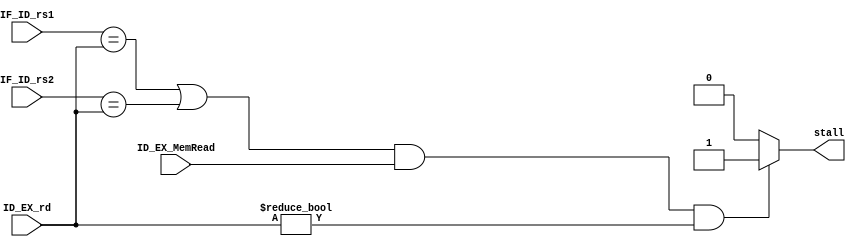
`timescale 1ns / 1ps
//////////////////////////////////////////////////////////////////////////////////
// Company: 
// Engineer: 
// 
// Design Name: 
// Module Name: hazard_detection_unit
// Project Name: 
// Target Devices: 
// Tool Versions: 
// Description: 
// 
// Dependencies: 
// 
// Revision:
// Revision 0.01 - File Created
// Additional Comments:
// 
//////////////////////////////////////////////////////////////////////////////////


module hazardDetectionUnit(
    input [4:0] IF_ID_rs1, IF_ID_rs2, ID_EX_rd,
    input ID_EX_MemRead,
    output reg stall
);

    always @(*) begin
    
        stall = 1'b0;
        if( (IF_ID_rs1 == ID_EX_rd || IF_ID_rs2 == ID_EX_rd) && ID_EX_MemRead == 1'b1 && ID_EX_rd != 0)
            stall = 1'b1;
            
    end

endmodule